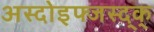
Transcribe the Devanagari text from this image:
अस्दोइफ्जस्द्क्